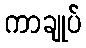
ကာချုပ်